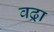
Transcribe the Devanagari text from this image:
वढ्रा